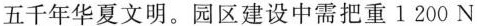
五千年华夏文明。园区建设中需把重1200N